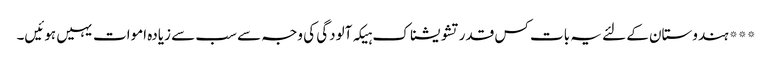
*** ہندوستان کے لئے یہ بات کس قدر تشویشناک ہیکہ آلودگی کی وجہ سے سب سے زیادہ اموات یہیں ہوئیں۔